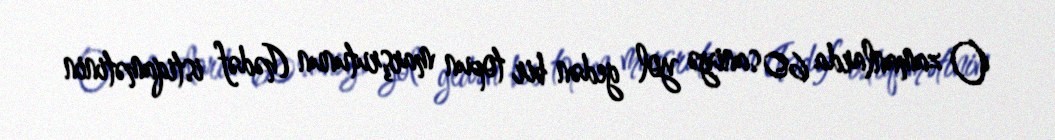
O zamanlarda 60 saniyə yol gedən bir topun marşrutunun (hədəf istiqamətinin